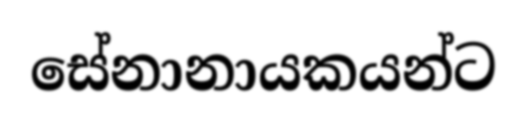
සේනානායකයන්ට